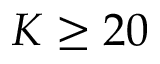
K \geq 2 0